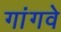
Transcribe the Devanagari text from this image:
गांगवे